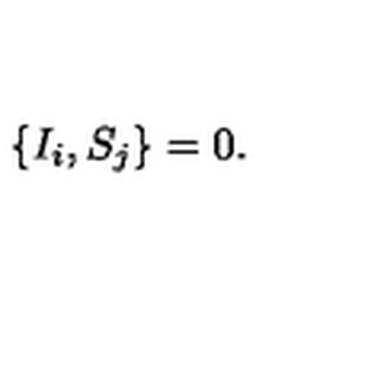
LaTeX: \left\lbrace I _ { i } , S _ { j } \right\rbrace = 0 .